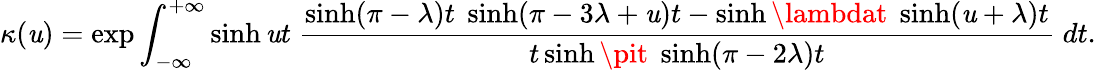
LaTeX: \kappa(\mathit{u})=\exp\int_{-\infty}^{+\infty}\sinh\mathit{u}t\; \frac{{\sinh(\pi-\lambda)t\; \sinh(\pi-3\lambda+\mathit{u})t-\sinh\lambdat\; \sinh(\mathit{u}+\lambda)t}}{{t\sinh\pit\; \sinh(\pi-2\lambda)t}}\; dt.